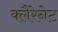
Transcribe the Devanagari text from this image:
क्लैरेनेट